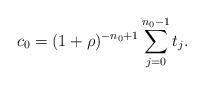
LaTeX: \begin{align*}c_0= (1+\rho)^{-n_0+1} \sum_{j=0}^{n_0-1} t_{j}.\end{align*}